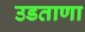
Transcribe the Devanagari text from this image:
उडताणा